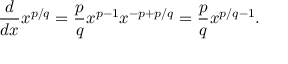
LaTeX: { \frac { d } { d x } } x ^ { p / q } = { \frac { p } { q } } x ^ { p - 1 } x ^ { - p + p / q } = { \frac { p } { q } } x ^ { p / q - 1 } .